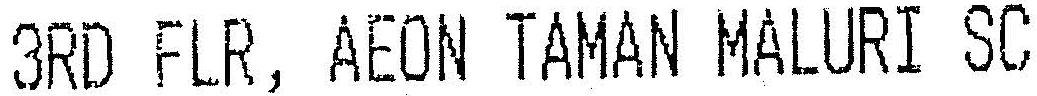
3RD FLR, AEON TAMAN MALURI SC